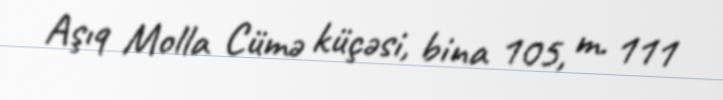
Aşıq Molla Cümə küçəsi, bina 105, m. 111